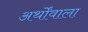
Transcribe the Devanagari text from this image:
अर्थोंवाला